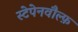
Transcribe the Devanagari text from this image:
स्टेपेनवौल्फ़